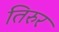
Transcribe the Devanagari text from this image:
तिरुर